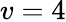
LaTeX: v=4